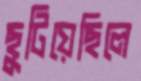
ছুটিয়েছিলে